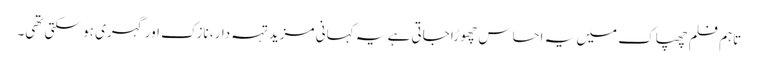
تاہم فلم چھپاک میں یہ احساس چھوڑا جاتی ہے یہ کہانی مزید تہہ دار، نازک اور گہری ہو سکتی تھی۔